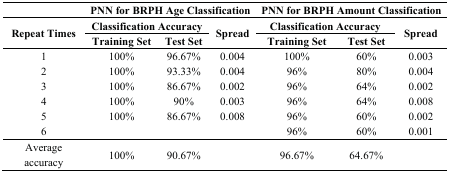
|  | <COLSPAN=3> PNN for BRPH Age Classification | <COLSPAN=3> PNN for BRPH Amount Classification |
 | <ROWSPAN=3> Repeat Times | <COLSPAN=2> Classification Accuracy | <ROWSPAN=3> Spread | <COLSPAN=2> Classification Accuracy | <ROWSPAN=3> Spread |
 | Training Set | Test Set | Training Set | Test Set |
 | --- | --- | --- | --- | --- | --- | --- |
 | 1 | 100% | 96.67% | 0.004 | 100% | 60% | 0.003 |
 | 2 | 100% | 93.33% | 0.004 | 96% | 80% | 0.004 |
 | 3 | 100% | 86.67% | 0.002 | 96% | 64% | 0.002 |
 | 4 | 100% | 90% | 0.003 | 96% | 64% | 0.008 |
 | 5 | 100% | 86.67% | 0.008 | 96% | 60% | 0.002 |
 | 6 |  |  |  | 96% | 60% | 0.001 |
 | Average accuracy | 100% | 90.67% |  | 96.67% | 64.67% |  |